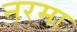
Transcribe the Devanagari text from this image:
नरमा